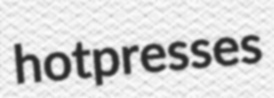
hotpresses